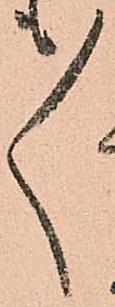
ゝ